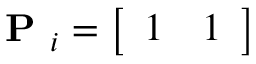
\textbf { P } _ { i } = \left[ \begin{array} { l l } { 1 } & { 1 } \end{array} \right]